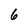
Character: 6